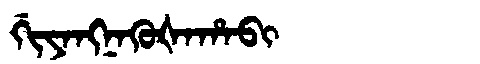
Manchu: ᡤᡳᠶᠠᠩᠨᠠᡴᡠᡧᠠᡥᠠᠪᡳ
Romanization: GIYANGNAKUŠAHABI